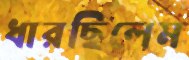
ধারছিলেম